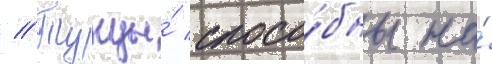
// Тунцы́ спосо́бны на́